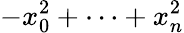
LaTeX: -x_{0}^{2}+\cdots+x_{n}^{2}